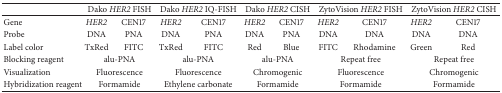
<table><thead><tr><td><b> </b></td><td colspan="2"><b>Dako <i>HER2</i> FISH</b></td><td colspan="2"><b>Dako <i>HER2</i> IQ-FISH</b></td><td colspan="2"><b>Dako <i>HER2</i> CISH</b></td><td colspan="2"><b>ZytoVision <i>HER2</i> FISH</b></td><td colspan="2"><b>ZytoVision <i>HER2</i> CISH</b></td></tr></thead><tbody><tr><td>Gene</td><td><i>HER2</i></td><td>CEN17</td><td><i>HER2</i></td><td>CEN17</td><td><i>HER2</i></td><td>CEN17</td><td><i>HER2</i></td><td>CEN17</td><td><i>HER2</i></td><td>CEN17</td></tr><tr><td>Probe</td><td>DNA</td><td>PNA</td><td>DNA</td><td>PNA</td><td>DNA</td><td>PNA</td><td>DNA</td><td>DNA</td><td>DNA</td><td>DNA</td></tr><tr><td>Label color</td><td>TxRed</td><td>FITC</td><td>TxRed</td><td>FITC</td><td>Red</td><td> Blue</td><td>FITC</td><td>Rhodamine</td><td>Green</td><td>Red</td></tr><tr><td>Blocking reagent</td><td colspan="2">alu-PNA</td><td colspan="2">alu-PNA</td><td colspan="2">alu-PNA</td><td colspan="2">Repeat free</td><td colspan="2">Repeat free</td></tr><tr><td>Visualization</td><td colspan="2">Fluorescence</td><td colspan="2">Fluorescence</td><td colspan="2">Chromogenic</td><td colspan="2">Fluorescence</td><td colspan="2">Chromogenic</td></tr><tr><td>Hybridization reagent</td><td colspan="2">Formamide</td><td colspan="2">Ethylene carbonate</td><td colspan="2">Formamide</td><td colspan="2">Formamide</td><td colspan="2">Formamide</td></tr></tbody></table>